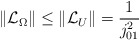
\begin{align*}\| \mathcal{L}_\Omega\|\leq \| \mathcal{L}_U\| =\frac{1}{j_{01}^{2}}\end{align*}